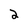
Character: 2